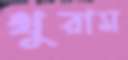
থুরাম